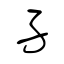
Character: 孑